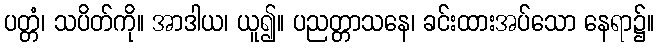
ပတ္တံ၊ သပိတ်ကို။ အာဒါယ၊ ယူ၍။ ပညတ္တာသနေ၊ ခင်းထားအပ်သော နေရာ၌။